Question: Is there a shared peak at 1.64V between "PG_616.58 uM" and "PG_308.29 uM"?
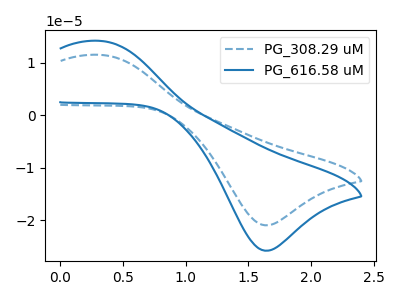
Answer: <think>The blue dashed curve "PG_308.29 uM" has an anodic peak at (0.30V, 11.50uA) and a cathodic peak at (1.65V, -20.95uA). The blue curve "PG_616.58 uM" has an anodic peak at (0.30V, 14.20uA) and a cathodic peak at (1.65V, -25.80uA).</think>
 <answer>Yes, "PG_616.58 uM" and "PG_308.29 uM" share a peak at 1.64V.</answer>
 <eval>match</eval>